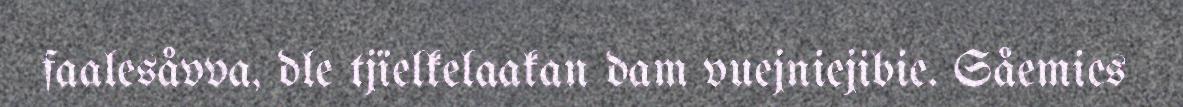
faalesåvva, dle tjïelkelaakan dam vuejniejibie. Såemies